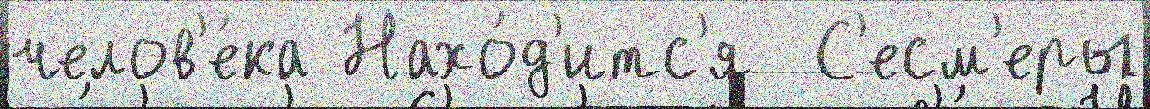
челов'е́ка Нахо́д'итс'я  С'есм'еры